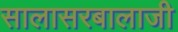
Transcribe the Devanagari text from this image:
सालासरबालाजी